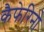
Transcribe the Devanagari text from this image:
कैफेरिनो